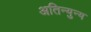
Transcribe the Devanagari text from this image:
अतिन्युन्य